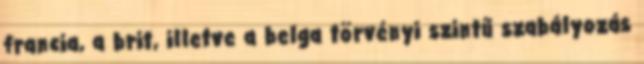
francia, a brit, illetve a belga törvényi szintű szabályozás